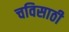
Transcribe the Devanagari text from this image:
चविसाठी